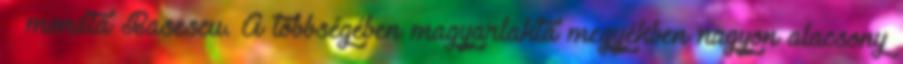
– mondta Basescu. A többségében magyarlakta megyékben nagyon alacsony